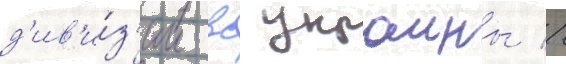
д'ив'и́з'ии вс украины //